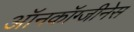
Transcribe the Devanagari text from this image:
ऑनकॉग्जीनेस